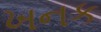
ખનક